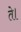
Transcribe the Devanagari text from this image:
ते।